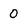
Character: 0